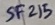
Text: SF215